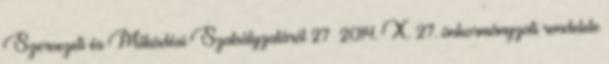
Szervezeti és Működési Szabályzatáról 27 2014. X. 27. önkormányzati rendelete